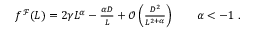
\begin{array} { r } { f ^ { \mathcal { F } } ( L ) = 2 \gamma L ^ { \alpha } - \frac { \alpha D } { L } + \mathcal { O } \left( \frac { D ^ { 2 } } { L ^ { 2 + \alpha } } \right) \qquad \alpha < - 1 \ . } \end{array}